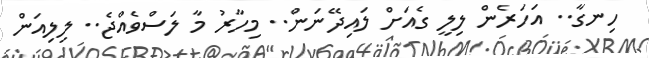
ހިނގާ.. އަހަރެން ލިލީ ގެެއަށް ލައިދޭނަން.. މިހާރު މާ ލަސްވެެއްޖެ.. ލިލިއަން